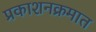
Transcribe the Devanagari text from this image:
प्रकाशनक्रमात